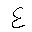
Letter: _ayn